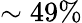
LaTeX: \sim 49\%